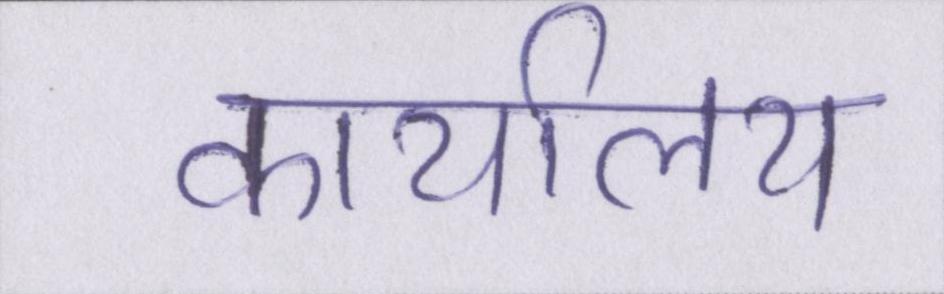
कार्यालय